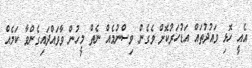
އެއީ ހޮޅި ވައުދުތައް އަޑުހަރުކޮށް ވެގެން ވިސްނުމެއް ނެތް މީހުން ވާވައްދައިގެންވާ ކަމެއް